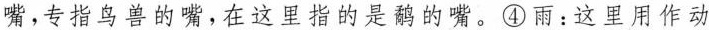
嘴，专指鸟兽的嘴，在这里指的是鹬的嘴。④雨：这里用作动